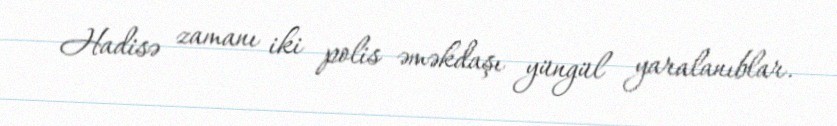
Hadisə zamanı iki polis əməkdaşı yüngül yaralanıblar.